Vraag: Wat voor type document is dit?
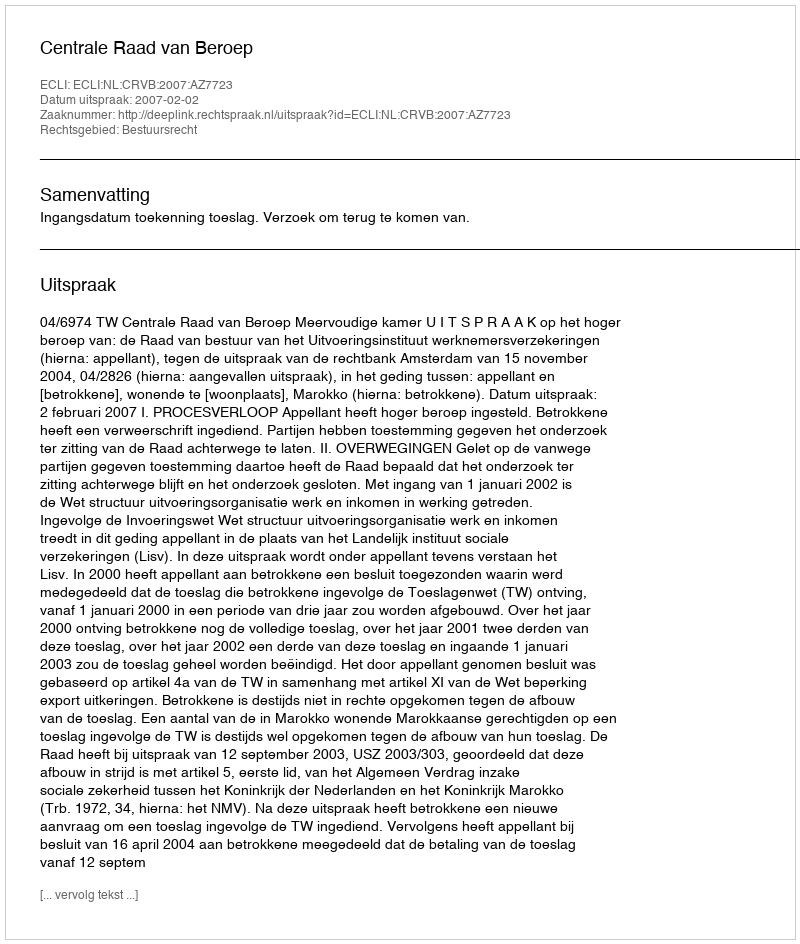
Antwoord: Uitspraak